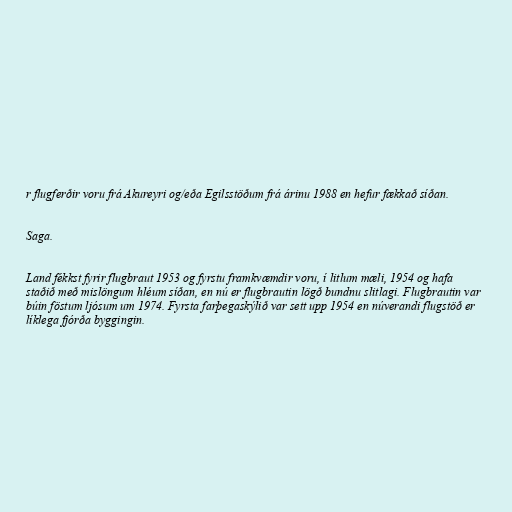
r flugferðir voru frá Akureyri og/eða Egilsstöðum frá árinu 1988 en hefur fækkað síðan.

Saga.

Land fékkst fyrir flugbraut 1953 og fyrstu framkvæmdir voru, í litlum mæli, 1954 og hafa
staðið með mislöngum hléum síðan, en nú er flugbrautin lögð bundnu slitlagi. Flugbrautin var
búin föstum ljósum um 1974. Fyrsta farþegaskýlið var sett upp 1954 en núverandi flugstöð er
líklega fjórða byggingin.